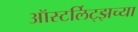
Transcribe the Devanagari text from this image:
ऑस्टर्लिट्झच्या